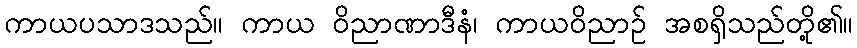
ကာယပသာဒသည်။ ကာယ ဝိညာဏာဒီနံ၊ ကာယဝိညာဉ် အစရှိသည်တို့၏။